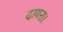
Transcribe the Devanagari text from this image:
दायरा।